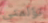
تؤلمني